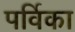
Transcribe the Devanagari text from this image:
पर्विका